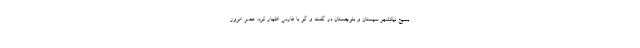
بسیج نیکشهر سیستان و بلوچستان در گفت و گو با فارس اظهار کرد: عصر امروز